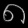
Digit: ၈